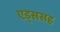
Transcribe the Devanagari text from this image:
एड्ससह